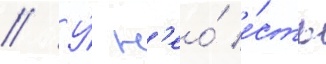
// У́ н'ео́ е́сть